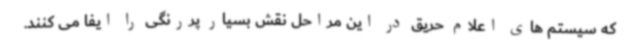
که سیستم های اعلام حریق در این مراحل نقش بسیار پررنگی را ایفا می کنند.